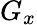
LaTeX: G_{x}